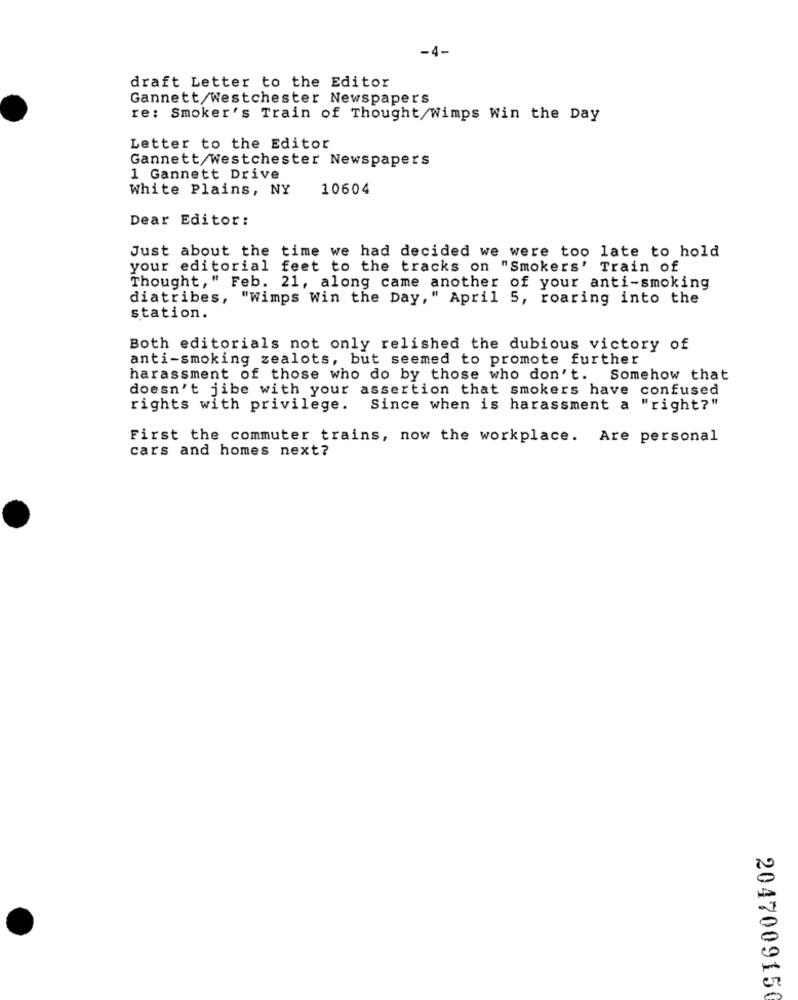
-4-
draft Letter to the Editor
Gannett/Westchester Newspapers
re: Smoker's Train of Thought/Wimps Win the Day
Letter to the Editor
Gannett/Westchester Newspapers
1 Gannett Drive
White Plains, NY
10604
Dear Editor:
Just about the time we had decided we were too late to hold
your editorial feet to the tracks on "Smokers' Train of
Thought," Feb. 21, along came another of your anti-smoking
diatribes, "Wimps Win the Day," April 5, roaring into the
station.
Both editorials not only relished the dubious victory of
anti-smoking zealots, but seemed to promote further
harassment of those who do by those who don't. Somehow that
doesn't jibe with your assertion that smokers have confused
rights with privilege. Since when is harassment a "right?"
First the commuter trains, now the workplace. Are personal
cars and homes next?
204700915